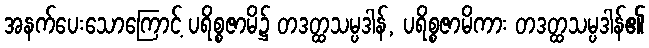
အနက်ပေးသောကြောင့် ပရိစ္စဇာမိ၌ တဒတ္ထသမ္ပဒါန်, ပရိစ္စဇာမိကား တဒတ္ထသမ္ပဒါန်၏